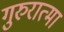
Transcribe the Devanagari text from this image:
गुरुरात्मा